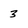
Character: 3